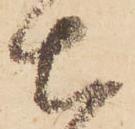
土